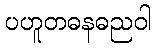
ပဟူတဓနဓညဝါ